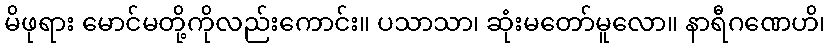
မိဖုရား မောင်မတို့ကိုလည်းကောင်း။ ပသာသာ၊ ဆုံးမတော်မူလော။ နာရီဂဏေဟိ၊